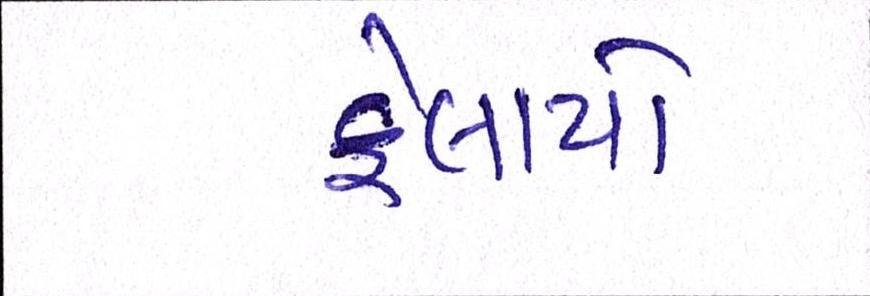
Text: ફેલાયો